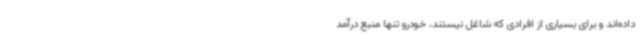
داده‌اند و برای بسیاری از افرادی که شاغل نیستند، خودرو تنها منبع درآمد